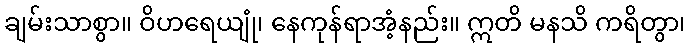
ချမ်းသာစွာ။ ဝိဟရေယျုံ၊ နေကုန်ရာအံ့နည်း။ ဣတိ မနသိ ကရိတွာ၊